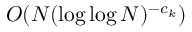
O ( N ( \log \log N ) ^ { - c _ { k } } )